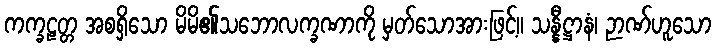
ကက္ခဠတ္တ အစရှိသော မိမိ၏သဘောလက္ခဏာကို မှတ်သောအားဖြင့်။ သန္နီဋ္ဌာနံ၊ ဉာဏ်ဟူသော